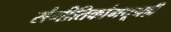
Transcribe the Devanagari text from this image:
संगीतिकांमधूनही